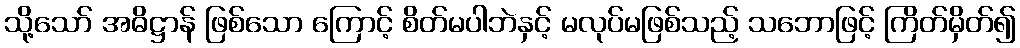
သို့သော် အဓိဋ္ဌာန် ဖြစ်သော ကြောင့် စိတ်မပါဘဲနှင့် မလုပ်မဖြစ်သည့် သဘောဖြင့် ကြိတ်မှိတ်၍